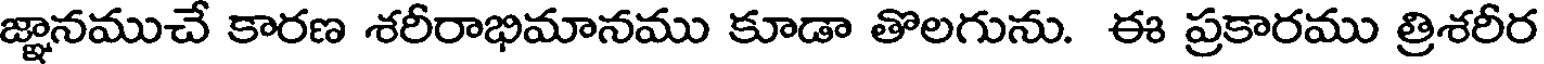
జ్ఞానముచే కారణ శరీరాభిమానము కూడా తొలగును. ఈ ప్రకారము త్రిశరీర